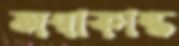
অগাকান্ত